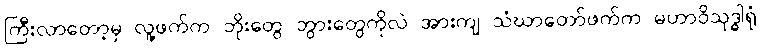
ကြီးလာတော့မှ လူ့ဖက်က ဘိုးတွေ ဘွားတွေကိုလဲ အားကျ သံဃာတော်ဖက်က မဟာဝိသုဒ္ဓါရုံ